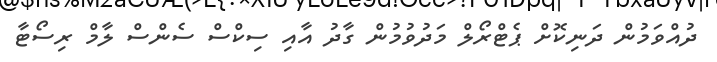
ދުއްވަމުން ދަނިކޮށް ޕެޓްރޯލް މަދުވުމުން ގާދު އާއި ސިކްސް ސެންސް ލާމް ރިސޯޓާ